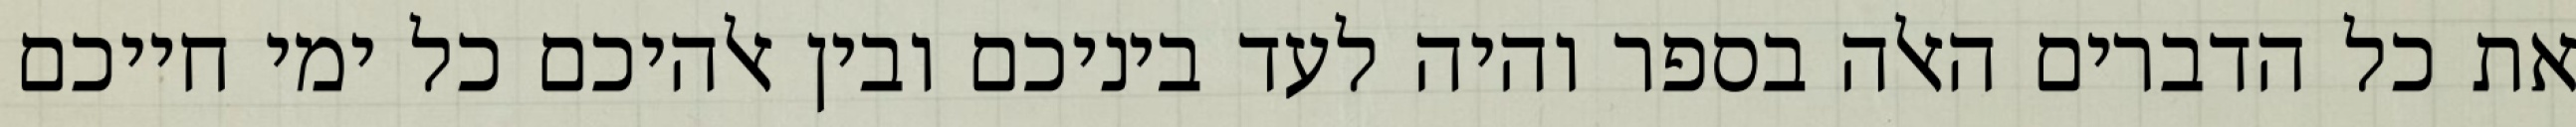
את כל הדברים האלה בספר והיה לעד ביניכם ובין אלהיכם כל ימי חייכם